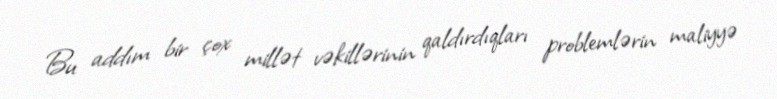
Bu addım bir çox millət vəkillərinin qaldırdıqları problemlərin maliyyə